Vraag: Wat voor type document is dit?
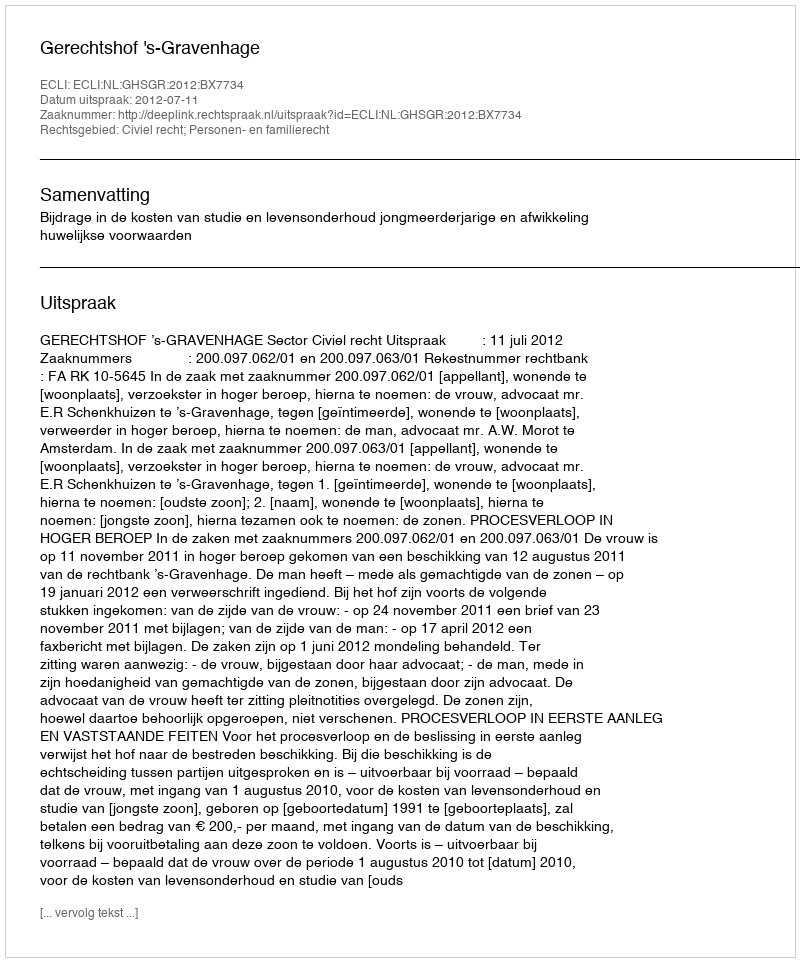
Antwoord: Uitspraak